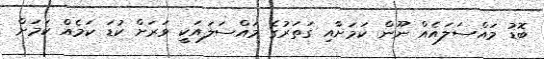
ބޮޑު މައްސަލައެއް ނޫން ކަމަށާއި ގަތަރުގެ މައްސަލައަކީ ވަރަށް ކުޑަ ކަމެއް ކަމަށް